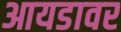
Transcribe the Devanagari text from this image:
आयडावर